65_HS1-834228961_62-HQ-83894_Serial_449
Agency: FBI
Page 5
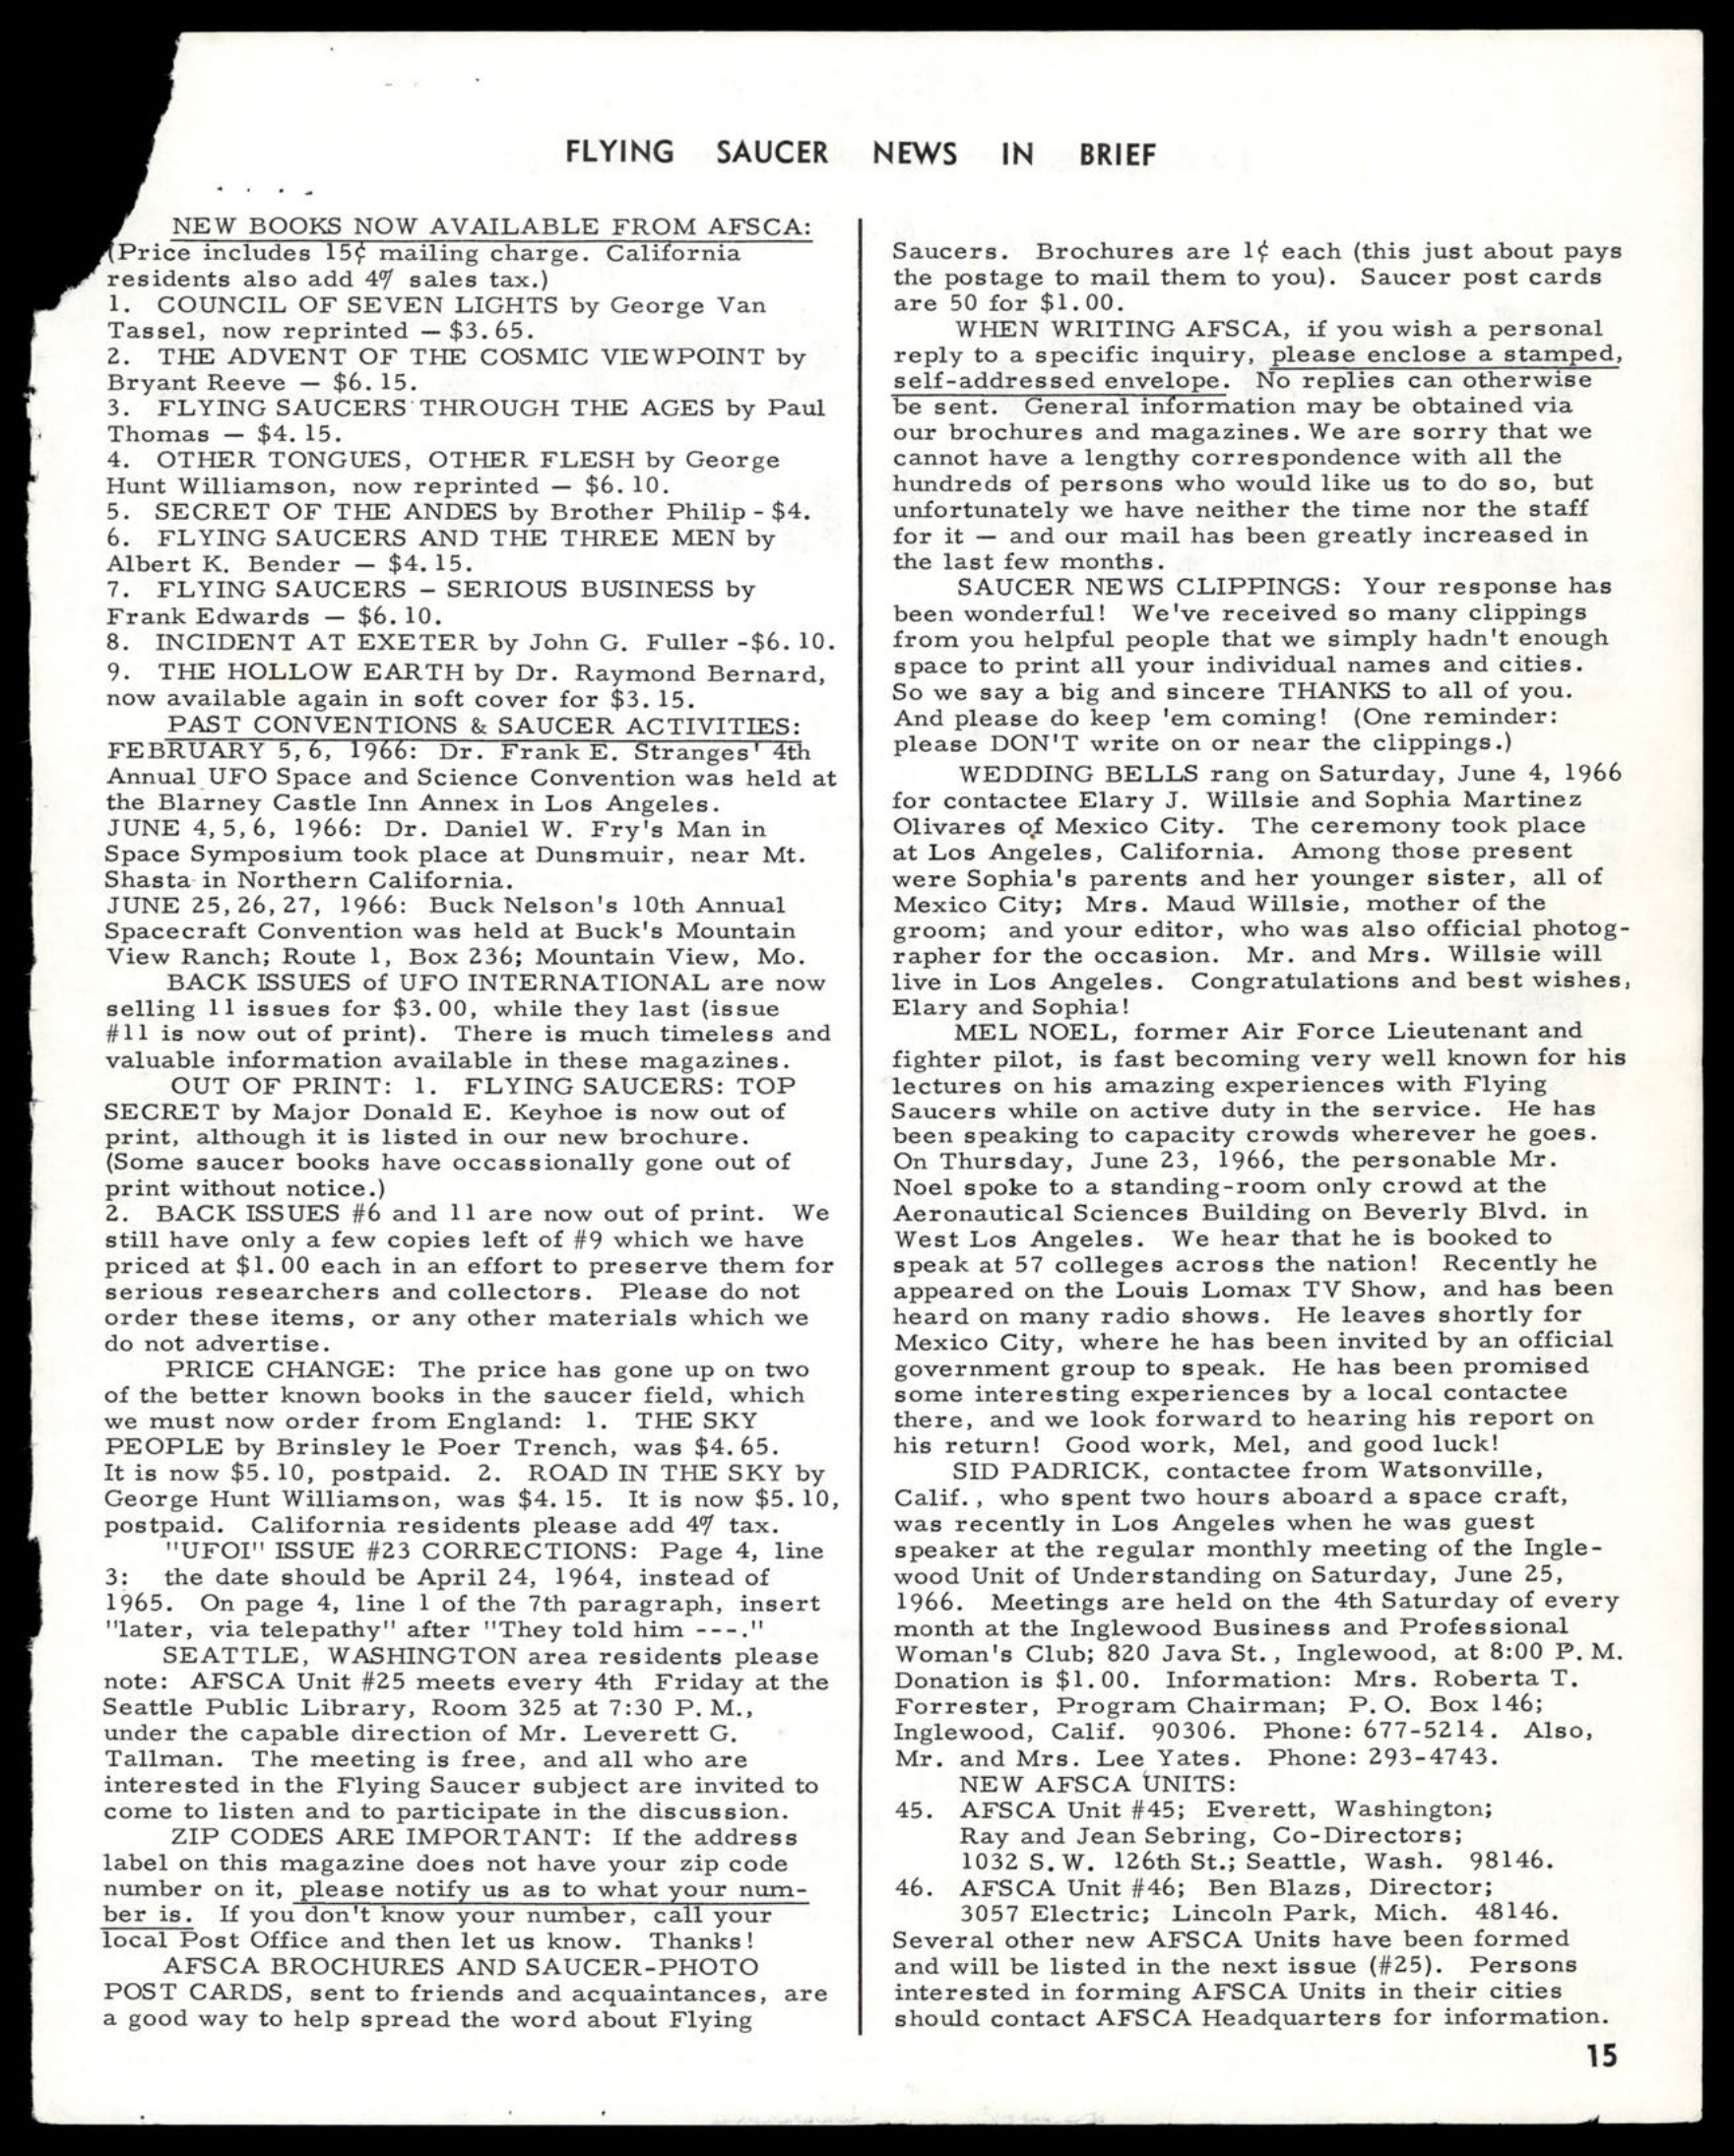